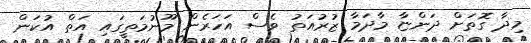
މިދާ ގޮތަށް ދަންޏާ މާދަމާ ޒުރުއަތު ވެސް އަހަރެން މޫނުމަތީގައި އަތް އުކަން